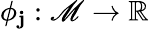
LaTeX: \phi_{\mathbf{j}}:\mathscr{{M}}\rightarrow\mathbb{{R}}